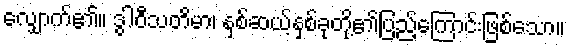
လျှောက်၏။ ဒွါဝီသတိမာ၊ နှစ်ဆယ့်နှစ်ခုတို့၏ပြည့်ကြောင်းဖြစ်သော။